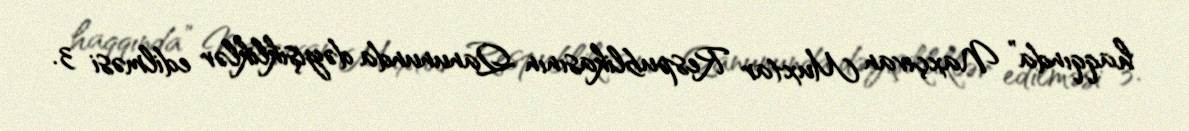
haqqında” Naxçıvan Muxtar Respublikasının Qanununda dəyişikliklər edilməsi 3.